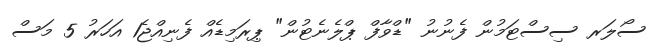
ސޯލަރ ސިސްޓަމުން ފެނުނު "ޑްވާފް ޕްލެނެޓުން" ޕިރަމިޑެއް ފެނިއްޖެ1 އަހަރު 5 މަސް